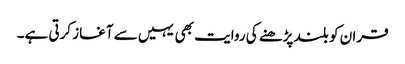
قران کو بلند پڑھنے کی روایت بھی یہیں سے آغاز کرتی ہے۔